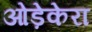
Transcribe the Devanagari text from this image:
ओड़ेकेरा